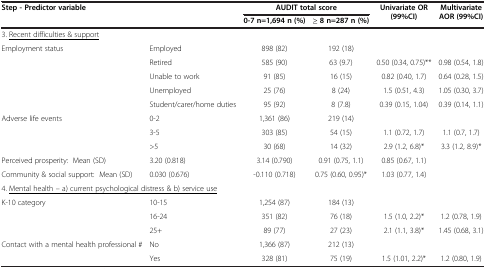
| <COLSPAN=2> Step - Predictor variable | <COLSPAN=2> AUDIT total score | Univariate OR (99%CI) | Multivariate AOR (99%CI) |
 |  |  | 0-7 n=1,694 n (%) | ≥ 8 n=287 n (%) |  |  |
 | --- | --- | --- | --- | --- | --- |
 | <COLSPAN=6> 3. <underline>Recent difficulties & support</underline> |
 | Employment status | Employed | 898 (82) | 192 (18) |  |  |
 |  | Retired | 585 (90) | 63 (9.7) | 0.50 (0.34, 0.75)** | 0.98 (0.54, 1.8) |
 |  | Unable to work | 91 (85) | 16 (15) | 0.82 (0.40, 1.7) | 0.64 (0.28, 1.5) |
 |  | Unemployed | 25 (76) | 8 (24) | 1.5 (0.51, 4.3) | 1.05 (0.30, 3.7) |
 |  | Student/carer/home duties | 95 (92) | 8 (7.8) | 0.39 (0.15, 1.04) | 0.39 (0.14, 1.1) |
 | Adverse life events | 0-2 | 1,361 (86) | 219 (14) |  |  |
 |  | 3-5 | 303 (85) | 54 (15) | 1.1 (0.72, 1.7) | 1.1 (0.7, 1.7) |
 |  | >5 | 30 (68) | 14 (32) | 2.9 (1.2, 6.8)* | 3.3 (1.2, 8.9)* |
 | Perceived prosperity: Mean (SD) | 3.20 (0.818) | 3.14 (0.790) | 0.91 (0.75, 1.1) | 0.85 (0.67, 1.1) |  |
 | Community & social support: Mean (SD) | 0.030 (0.676) | -0.110 (0.718) | 0.75 (0.60, 0.95)* | 1.03 (0.77, 1.4) |  |
 | <COLSPAN=6> 4. <underline>Mental health – a) current psychological distress & b) service use</underline> |
 | K-10 category | 10-15 | 1,254 (87) | 184 (13) |  |  |
 |  | 16-24 | 351 (82) | 76 (18) | 1.5 (1.0, 2.2)* | 1.2 (0.78, 1.9) |
 |  | 25+ | 89 (77) | 27 (23) | 2.1 (1.1, 3.8)* | 1.45 (0.68, 3.1) |
 | Contact with a mental health professional # | No | 1,366 (87) | 212 (13) |  |  |
 |  | Yes | 328 (81) | 75 (19) | 1.5 (1.01, 2.2)* | 1.2 (0.80, 1.9) |